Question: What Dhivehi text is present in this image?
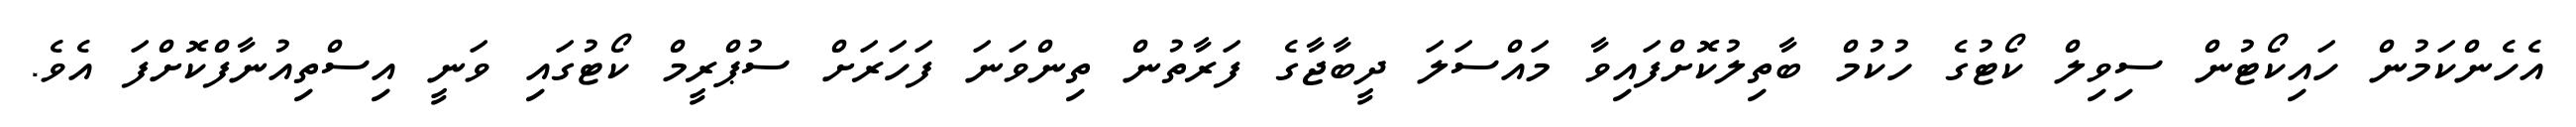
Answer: އެހެންކަމުން ހައިކޯޓުން ސިވިލް ކޯޓުގެ ހުކުމް ބާތިލުކޮށްފައިވާ މައްސަލަ ދީބާޖާގެ ފަރާތުން ތިންވަނަ ފަހަރަށް ސުޕްރީމް ކޯޓުގައި ވަނީ އިސްތިއުނާފްކޮށްފަ އެވެ.